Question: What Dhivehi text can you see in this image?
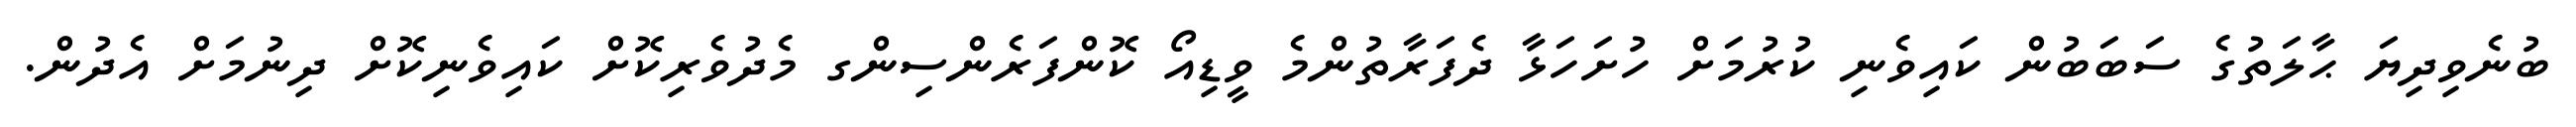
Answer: ބުނެވިދިޔަ ޙާލަތުގެ ސަބަބުން ކައިވެނި ކުރުމަށް ހުށަހަޅާ ދެފަރާތުންމެ ވީޑިއޯ ކޮންފަރެންސިންގ މެދުވެރިކޮށް ކައިވެނިކޮށް ދިނުމަށް އެދުން.